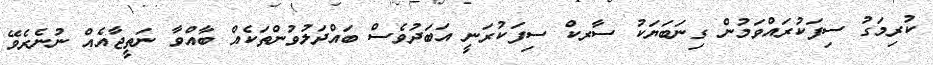
ކުރިމަގު ސިފަކުރައްވަމުން ގިނަބަޔަކު ސާރކް ސިފަކުރަނީ އަބަދުވެސް ބައްދަލުވުންތަކެއް ބާއްވާ ނަތީޖާއެއް ނުނެރެވޭ